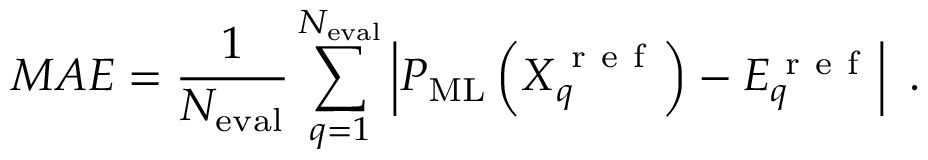
M A E = \frac { 1 } { N _ { \mathrm { e v a l } } } \sum _ { q = 1 } ^ { N _ { \mathrm { e v a l } } } \left\lvert P _ { \mathrm { M L } } \left( \boldsymbol { X } _ { q } ^ { \mathrm { ~ r ~ e ~ f ~ } } \right) - { E } _ { q } ^ { \mathrm { ~ r ~ e ~ f ~ } } \right\rvert ~ .